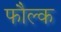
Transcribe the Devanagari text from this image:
फौल्क